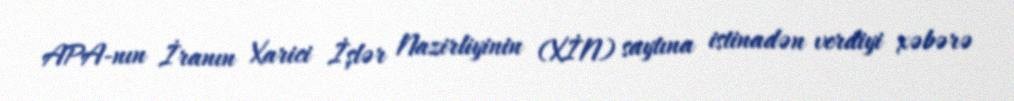
APA-nın İranın Xarici İşlər Nazirliyinin (XİN) saytına istinadən verdiyi xəbərə